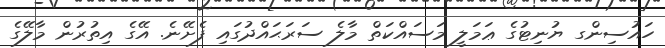
ހައުސިންގ ޔުނިޓުގެ ޢަމަލީ މަސައްކަތް މާލެ ސަރަޙައްދުގައި ފެށޭނެ. އޭގެ އިތުރުން މާލޭގެ